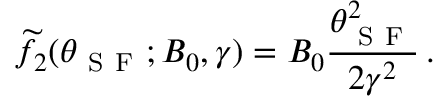
\widetilde { f } _ { 2 } ( \theta _ { \mathrm { ~ S ~ F ~ } } ; B _ { 0 } , \gamma ) = B _ { 0 } \frac { \theta _ { \mathrm { ~ S ~ F ~ } } ^ { 2 } } { 2 { \gamma } ^ { 2 } } \, .